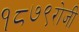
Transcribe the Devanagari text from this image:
१८७९रोजी